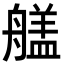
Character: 𮎔